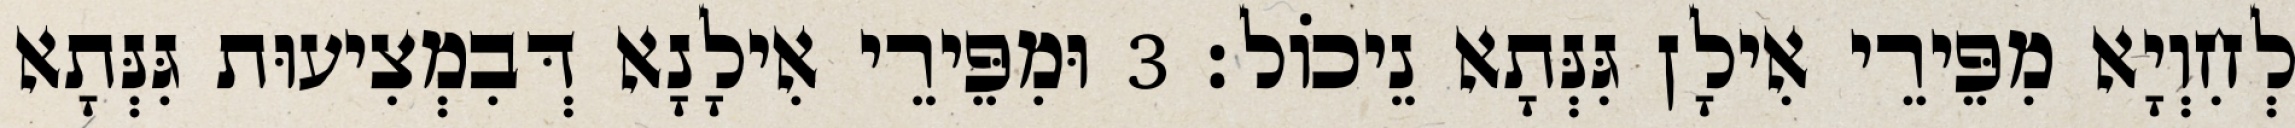
לְחִוְיָא מִפֵּירֵי אִילָן גִּנְּתָא נֵיכוֹל׃ 3 וּמִפֵּירֵי אִילָנָא דְּבִמְצִיעוּת גִּנְּתָא